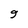
Character: 9